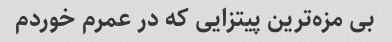
بی مزه‌ترین پیتزایی که در عمرم خوردم